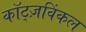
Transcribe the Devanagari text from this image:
कॉट्ज़विंकल